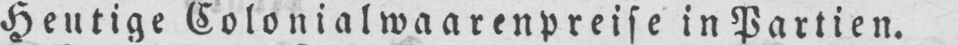
Heutige Colonialwaarenpreise in Partien.